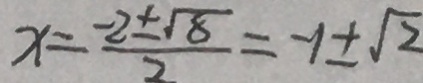
x = \frac { - 2 \pm \sqrt { 8 } } { 2 } = - 1 \pm \sqrt { 2 }